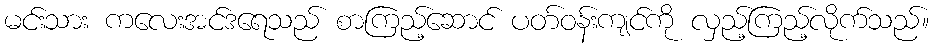
မင်းသား ကလေးအင်ဒရေသည် စာကြည့်ဆောင် ပတ်ဝန်းကျင်ကို လှည့်ကြည့်လိုက်သည်။